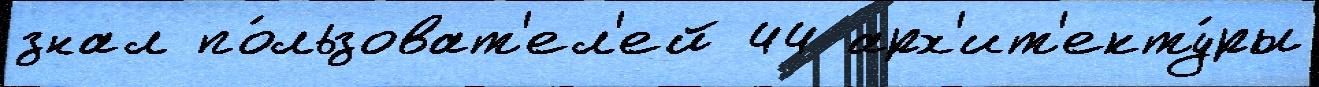
знал по́льзоват'ел'ей 44 арх'ит'екту́ры